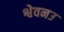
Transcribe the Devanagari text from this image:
श्वेवनउ